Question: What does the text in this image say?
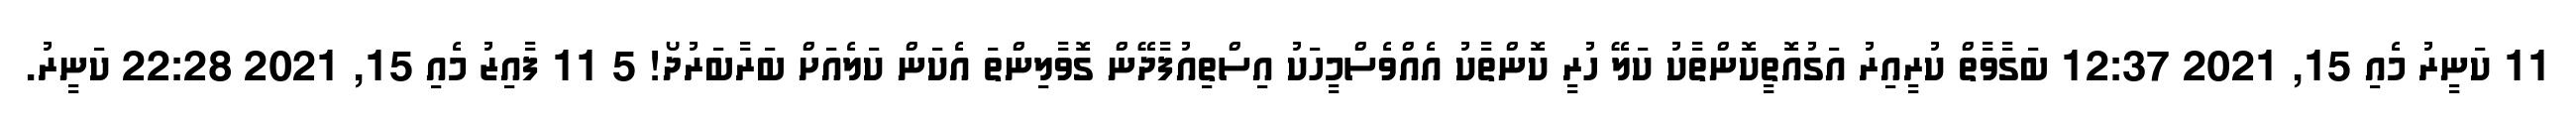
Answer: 11 ކަނީރު މެއި 15, 2021 12:37 ބަގާވާތް ކުރީއިރު އަގުއޮތީކޮންތާކު ކަލޭ ހުރީ ކޮންތާކު އެއްވެސްމީހަކު އިސްތިއުފާދޭން ގޮވާލިންތަ އެކަން ކަލެއަށް ބަރާބަރުދޯ! 5 11 ފާއިޒު މެއި 15, 2021 22:28 ކަނީރު.